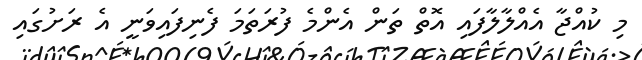
މި ކުއްޖާ އެއްލާލާފައި އޮތް ތަން އެންމެ ފުރަތަމަ ފެނިފައިވަނީ އެ ރަށުގައި